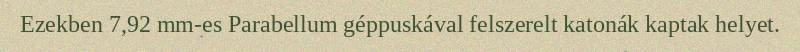
Ezekben 7,92 mm-es Parabellum géppuskával felszerelt katonák kaptak helyet.